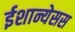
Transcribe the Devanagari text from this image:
ईशान्येसस